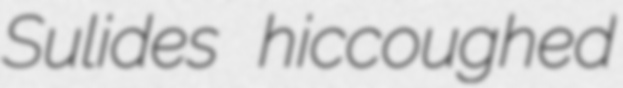
Sulides hiccoughed